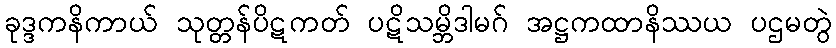
ခုဒ္ဒကနိကာယ် သုတ္တန်ပိဋကတ် ပဋိသမ္ဘိဒါမဂ် အဋ္ဌကထာနိဿယ ပဌမတွဲ